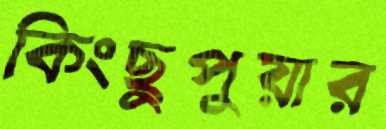
কিংছুপুয়ার